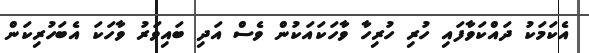
އެކަމަކު ދައްކަވާފައި ހުރި ހުރިހާ ވާހަކައަކުން ވެސް އަދި ބައިވަރު ވާހަކަ އެބަހުރިކަން